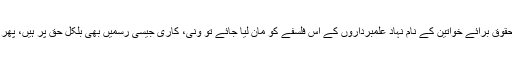
اگر انسانی حقوق خصوصاً حقوق برائے خواتین کے نام نہاد علمبرداروں کے اس فلسفے کو مان لیا جائے تو ونی، کاری جیسی رسمیں بھی بلکل حق پر ہیں، پھر اتنا واویلا کس بات کا ہے ۔